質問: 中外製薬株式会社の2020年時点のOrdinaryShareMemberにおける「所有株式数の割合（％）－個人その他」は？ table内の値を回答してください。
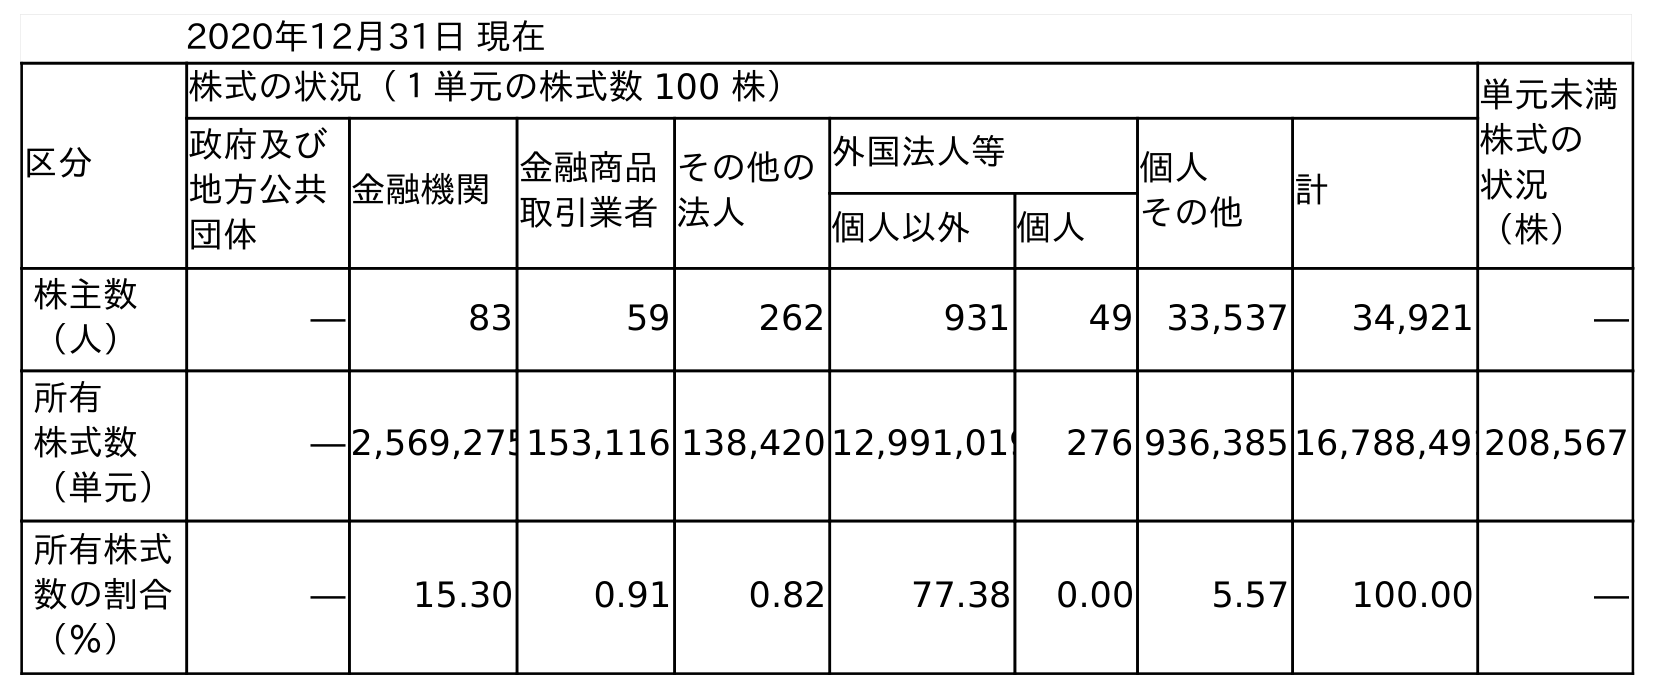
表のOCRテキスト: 2020年12月31日 現在 区分 株式の状況（１単元の株式数 100 株） 単元未満 株式の 状況 （株） 政府及び 地方公共 団体 金融機関金融商品 取引業者 その他の 法人 外国法人等 個人 その他 計 個人以外 個人 株主数 （人） ― 83 59 262 931 49 33,537 34,921 ― 所有 株式数 （単元） ― 2,569,275153,116 138,420 12,991,019 276 936,385 16,788,491208,567 所有株式 数の割合 （％） ― 15.30 0.91 0.82 77.38 0.00 5.57 100.00 ―
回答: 5.57